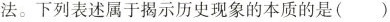
法。下列表述属于揭示历史现象的本质的是()